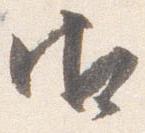
御